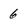
Character: 6